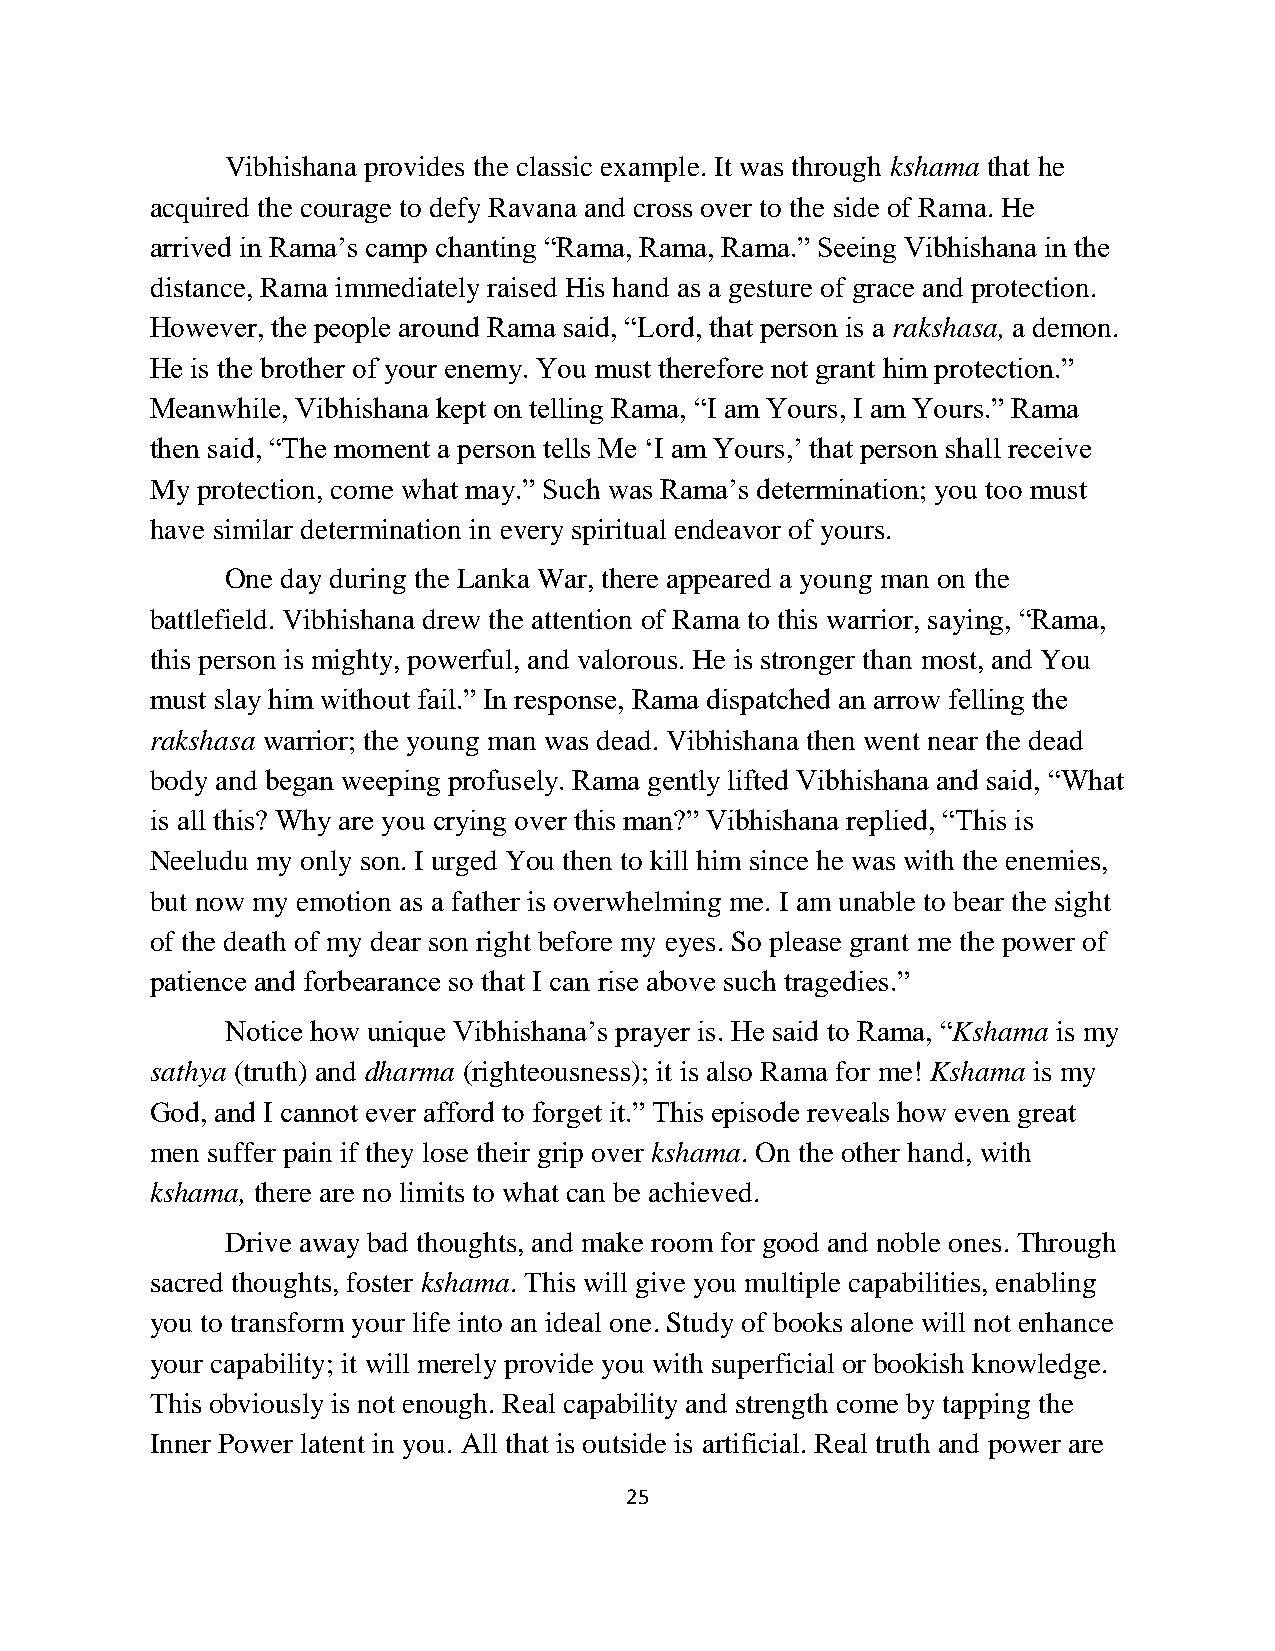
Vibhishana provides the classic example. It was through kshama that he
 acquired the courage to defy Ravana and cross over to the side of Rama. He
 arrived in Rama’s camp chanting “Rama, Rama, Rama.” Seeing Vibhishana in the
 distance, Rama immediately raised His hand as a gesture of grace and protection.
 However, the people around Rama said, “Lord, that person is a rakshasa, a demon.
 He is the brother of your enemy. You must therefore not grant him protection.”
 Meanwhile, Vibhishana kept on telling Rama, “I am Yours, I am Yours.” Rama
 then said, “The moment a person tells Me ‘I am Yours,’ that person shall receive
 My protection, come what may.” Such was Rama’s determination; you too must
 have similar determination in every spiritual endeavor of yours.
 One day during the Lanka War, there appeared a young man on the
 battlefield. Vibhishana drew the attention of Rama to this warrior, saying, “Rama,
 this person is mighty, powerful, and valorous. He is stronger than most, and You
 must slay him without fail.” In response, Rama dispatched an arrow felling the
 rakshasa warrior; the young man was dead. Vibhishana then went near the dead
 body and began weeping profusely. Rama gently lifted Vibhishana and said, “What
 is all this? Why are you crying over this man?” Vibhishana replied, “This is
 Neeludu my only son. I urged You then to kill him since he was with the enemies,
 but now my emotion as a father is overwhelming me. I am unable to bear the sight
 of the death of my dear son right before my eyes. So please grant me the power of
 patience and forbearance so that I can rise above such tragedies.”
 Notice how unique Vibhishana’s prayer is. He said to Rama, “Kshama is my
 sathya (truth) and dharma (righteousness); it is also Rama for me! Kshama is my
 God, and I cannot ever afford to forget it.” This episode reveals how even great
 men suffer pain if they lose their grip over kshama. On the other hand, with
 kshama, there are no limits to what can be achieved.
 Drive away bad thoughts, and make room for good and noble ones. Through
 sacred thoughts, foster kshama. This will give you multiple capabilities, enabling
 you to transform your life into an ideal one. Study of books alone will not enhance
 your capability; it will merely provide you with superficial or bookish knowledge.
 This obviously is not enough. Real capability and strength come by tapping the
 Inner Power latent in you. All that is outside is artificial. Real truth and power are
 25